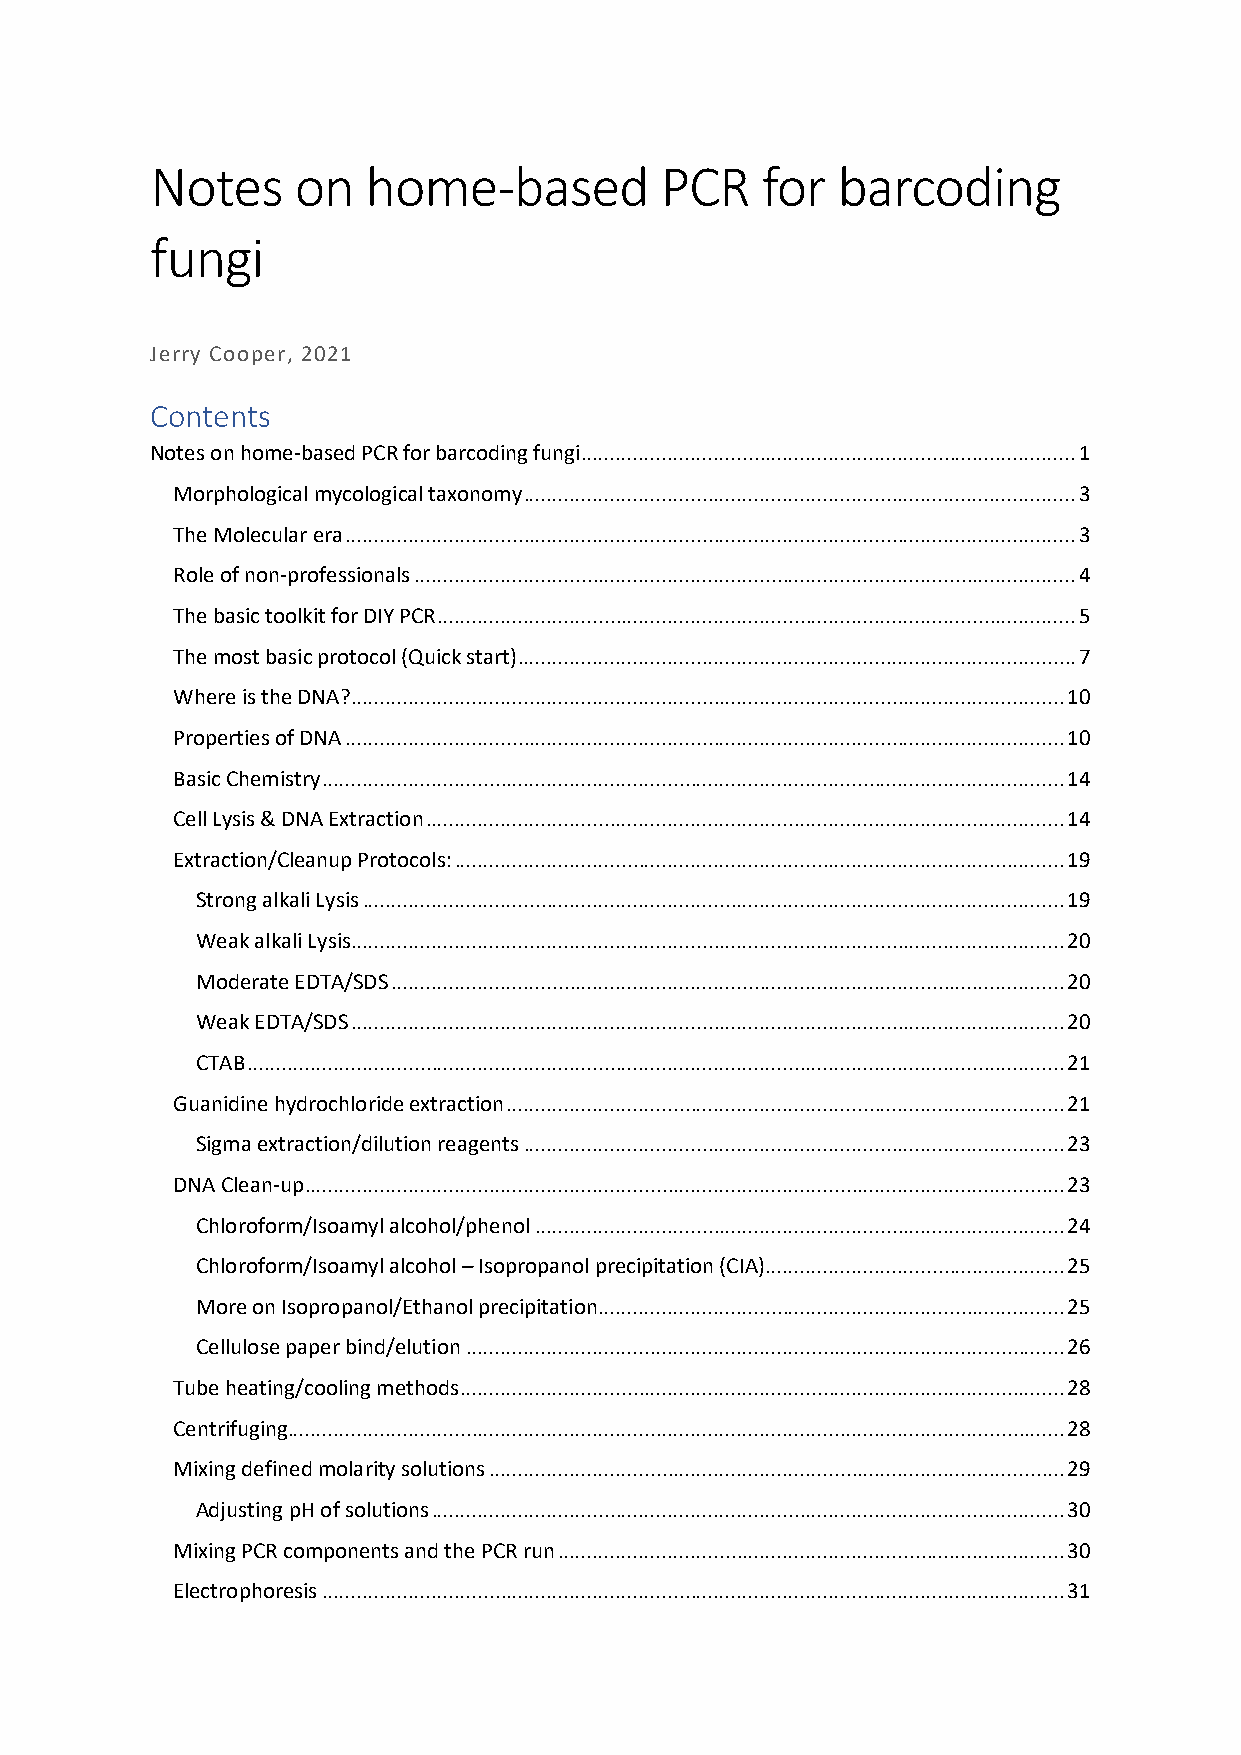
Notes     on  home-based          PCR   for  barcoding
 fungi
 Jerry Cooper, 2021
 Contents
 Notes on home-based PCR for barcoding fungi ...................................................................................... 1
 Morphological mycological taxonomy ................................................................................................ 3
 The Molecular era ............................................................................................................................... 3
 Role of non-professionals ................................................................................................................... 4
 The basic toolkit for DIY PCR ............................................................................................................... 5
 The most basic protocol (Quick start) ................................................................................................. 7
 Where is the DNA? ............................................................................................................................ 10
 Properties of DNA ............................................................................................................................. 10
 Basic Chemistry ................................................................................................................................. 14
 Cell Lysis & DNA Extraction ............................................................................................................... 14
 Extraction/Cleanup Protocols: .......................................................................................................... 19
 Strong alkali Lysis .......................................................................................................................... 19
 Weak alkali Lysis............................................................................................................................ 20
 Moderate EDTA/SDS ..................................................................................................................... 20
 Weak EDTA/SDS ............................................................................................................................ 20
 CTAB .............................................................................................................................................. 21
 Guanidine hydrochloride extraction ................................................................................................. 21
 Sigma extraction/dilution reagents .............................................................................................. 23
 DNA Clean-up .................................................................................................................................... 23
 Chloroform/Isoamyl alcohol/phenol ............................................................................................ 24
 Chloroform/Isoamyl alcohol – Isopropanol precipitation (CIA) .................................................... 25
 More on Isopropanol/Ethanol precipitation ................................................................................. 25
 Cellulose paper bind/elution ........................................................................................................ 26
 Tube heating/cooling methods ......................................................................................................... 28
 Centrifuging....................................................................................................................................... 28
 Mixing defined molarity solutions .................................................................................................... 29
 Adjusting pH of solutions .............................................................................................................. 30
 Mixing PCR components and the PCR run ........................................................................................ 30
 Electrophoresis ................................................................................................................................. 31